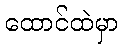
ထောင်ထဲမှာ